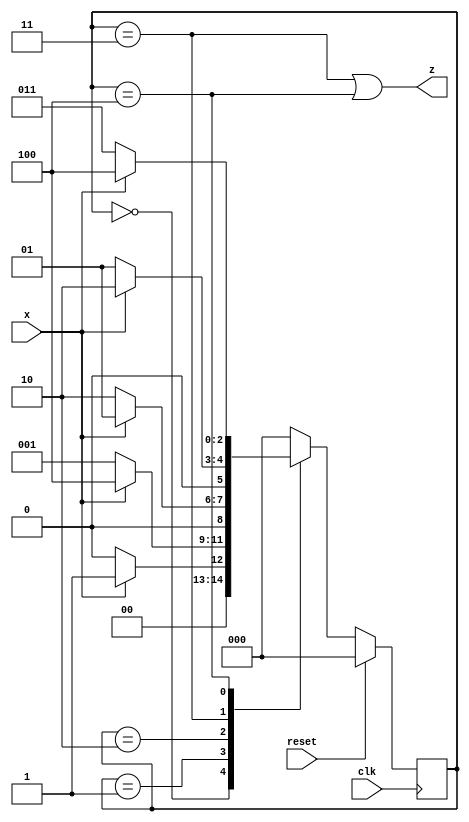
module top_module (
    input clk,
    input reset,   // Synchronous reset
    input x,
    output z
);
    parameter S0=3'b000, S1=3'b001, S2=3'b010, S3=3'b011, S4=3'b100;
    reg [2:0] state, next_state;
    
    always @(posedge clk) begin
        if(reset)
            state <= S0;
        else
            state <= next_state;
    end
    
    always @(*) begin
        case(state)
            S0 : next_state <= x ? S1 : S0;
            S1 : next_state <= x ? S4 : S1;
            S2 : next_state <= x ? S1 : S2;
            S3 : next_state <= x ? S2 : S1;
            S4 : next_state <= x ? S4 : S3;
            default: next_state <= S0;
        endcase
    end
    
    assign z = state == S3 || state == S4;

endmodule